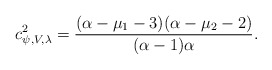
\begin{align*}c^2_{\psi, V,\lambda}=\frac{(\alpha-\mu_1-3)(\alpha-\mu_2-2)}{(\alpha-1)\alpha}.\end{align*}